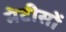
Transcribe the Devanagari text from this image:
मेटीसों